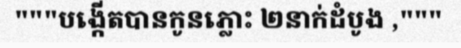
"""បង្កើតបានកូនភ្លោះ ២នាក់ដំបូង ,"""